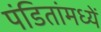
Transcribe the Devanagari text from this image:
पंडितांमध्यें